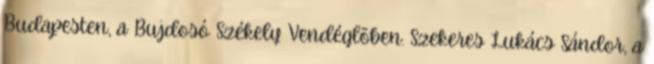
Budapesten, a Bujdosó Székely Vendéglõben. Szekeres Lukács Sándor, a